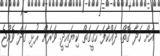
އަށް ހަދާ ގޮތް. ދައްކާފަ ހަގީގަތް ކިޔައިދީ. ވަރަށް ރުޅި ގަދަ ވެއްޖެ